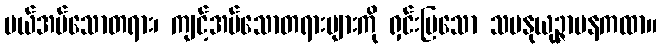
ပယ်အပ်သောတရား၊ ကျင့်အပ်သောတရားများကို ရှင်းပြသော သမနုယုဉ္ဇာပနကထာ။